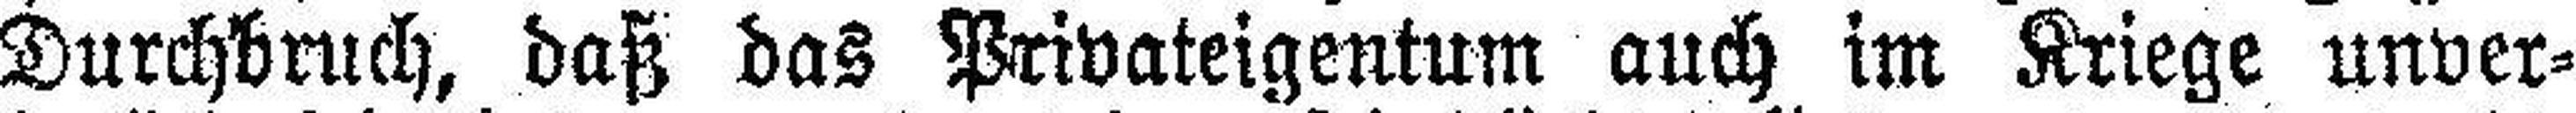
Durchbruch, daß das Privateigentum auch im Kriege unver¬